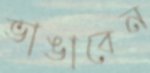
ভাঙাবেন